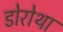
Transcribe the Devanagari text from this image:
डोरोथा